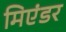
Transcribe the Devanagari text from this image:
मिएंडर